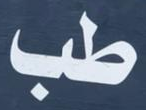
طب